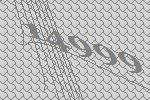
14999